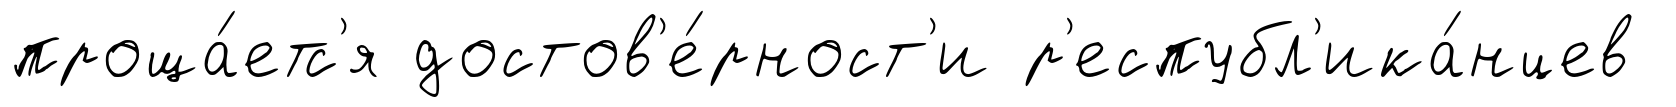
проща́етс'я достов'е́рност'и р'еспубл'ика́нцев